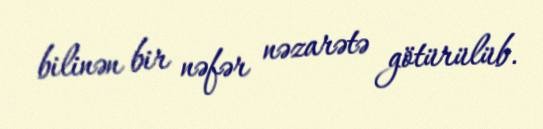
bilinən bir nəfər nəzarətə götürülüb.